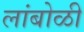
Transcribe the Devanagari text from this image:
लांबोळी